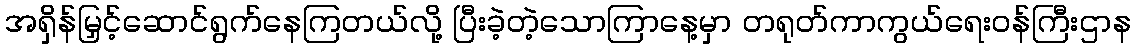
အရှိန်မြှင့်ဆောင်ရွက်နေကြတယ်လို့ ပြီးခဲ့တဲ့သောကြာနေ့မှာ တရုတ်ကာကွယ်ရေးဝန်ကြီးဌာန